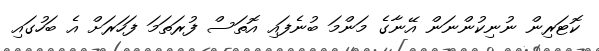
ކޮޓަރިން ނުނިކުންނަން އޭނާގެ މަންމަ ބުނެފައި އޮތަސް ފުރަތަމަ ފަހަރަށް އެ ބަހުގައި